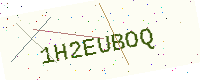
Text: 1H2EUBOQ